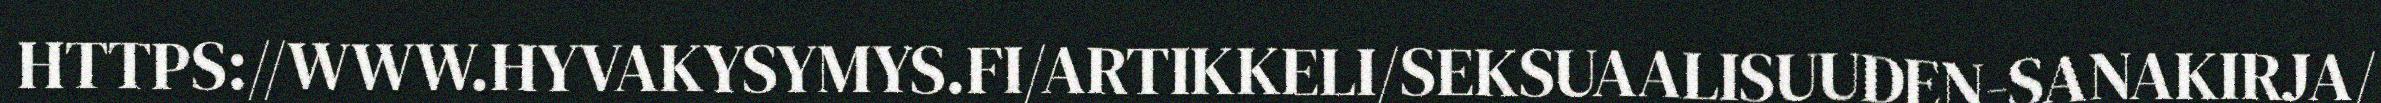
HTTPS://WWW.HYVAKYSYMYS.FI/ARTIKKELI/SEKSUAALISUUDEN-SANAKIRJA/